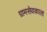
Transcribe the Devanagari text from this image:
ग्रामसेवकाला